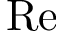
\mathrm { R e }